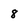
Character: 8